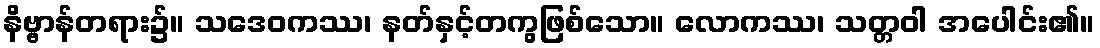
နိဗ္ဗာန်တရား၌။ သဒေဝကဿ၊ နတ်နှင့်တကွဖြစ်သော။ လောကဿ၊ သတ္တဝါ အပေါင်း၏။